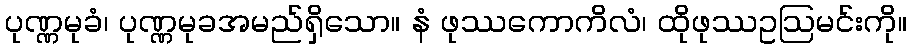
ပုဏ္ဏမုခံ၊ ပုဏ္ဏမုခအမည်ရှိသော။ နံ ဖုဿကောကိလံ၊ ထိုဖုဿဥဩမင်းကို။